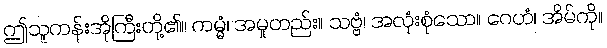
ဤသူကန်းအိုကြီးတို့၏။ ကမ္မံ၊ အမှုတည်း။ သဗ္ဗံ၊ အလုံးစုံသော။ ဂေဟံ၊ အိမ်ကို။